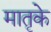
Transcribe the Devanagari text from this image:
मातृके